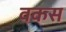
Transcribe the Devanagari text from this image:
वकस